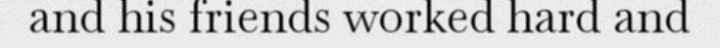
and his friends worked hard and